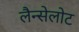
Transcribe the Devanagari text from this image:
लैन्सेलोट